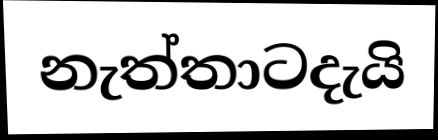
නැත්තාටදැයි